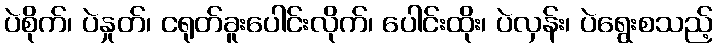
ပဲစိုက်၊ ပဲနှုတ်၊ ငရုတ်ခူးပေါင်းလိုက်၊ ပေါင်းထိုး၊ ပဲလှန်း၊ ပဲရွေးစသည့်